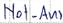
Text: Not-Aus